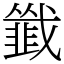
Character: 韱